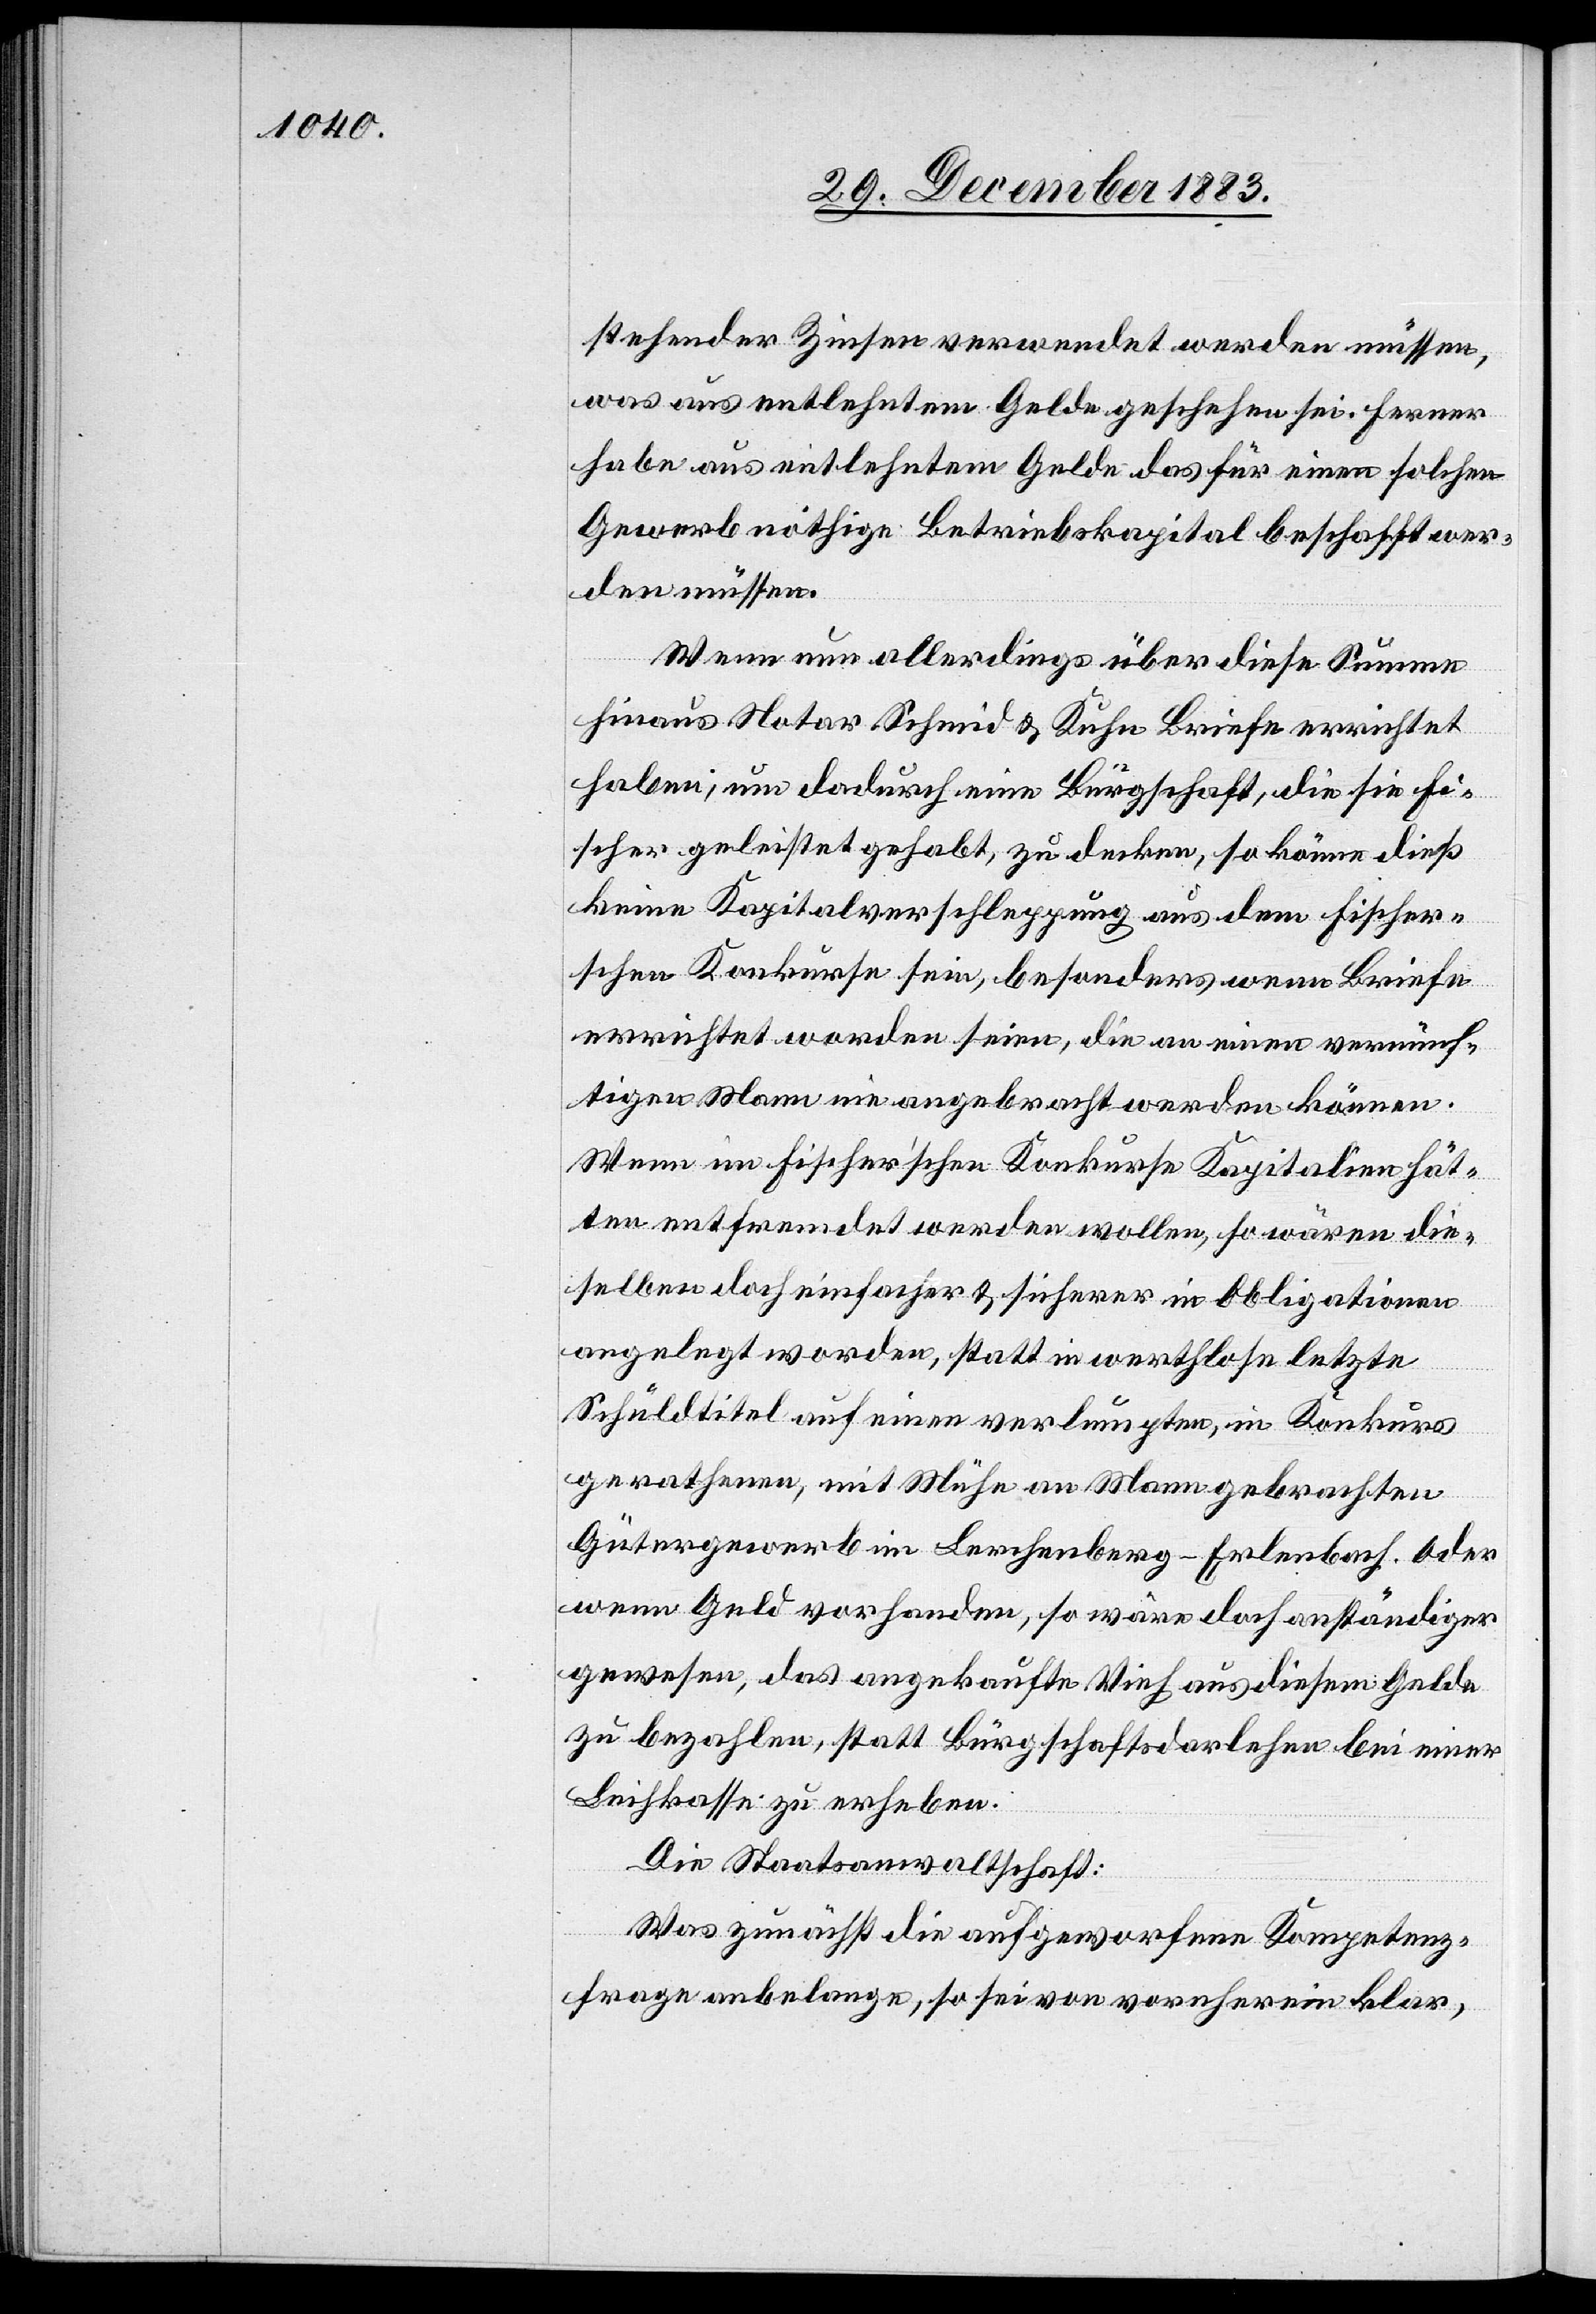
stehender Zinsen verwendet werden müssen,
was aus entlehntem Gelde geschehen sei. Ferner
habe aus entlehntem Gelde das für einen solchen
Gewerb nöthige Betriebskapital beschafft wer¬
den müssen.
Wenn nun allerdings über diese Summe
hinaus Notar Schmid & Kuhn Briefe errichtet
haben, um dadurch eine Bürgschaft, die sie Fi¬
scher geleistet gehabt, zu decken, so könne dieß
keine Kapitalverschleppung aus dem Fischer¬
schen Konkurse sein, besonders wenn Briefe
errichtet worden seien, die an deinen vernünf¬
tigen Mann nie angebracht werden können.
Wenn im Fischer’schen Konkurse Kapitalien hät¬
ten entfremdet werden wollen, so wären die¬
selben doch einfacher & sicherer in Obligationen
angelegt worden, statt in wertlose letzte
Schuldtitel auf einen verlumpten, in Konkurs
gerathenen, mit Mühe an Mann gebrachten
Gütererwerb im Lerchenberg - Erlenbach. Oder
wenn Geld vorhanden, so wäre doch anständiger
gewesen, das angekaufte Vieh aus diesem Gelde
zu bezahlen, statt Bürgschaftsdarlehen bei einer
Leihkasse zu erheben.
Die Staatsanwaltschaft:
Was zunächst die aufgeworfene Kompetenz¬
frage anbelange, so sei von vornherein klar,